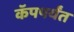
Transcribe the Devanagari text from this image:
कॅपपर्यंत